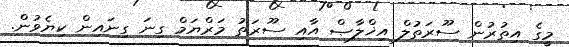
މީގެ އިތުރުން ސޫރަތުލް އިޚްލާޞް އާއި ސޫރަތު މަރްޔަމް ގިނަ ގިނައިން ކިޔެވުން.